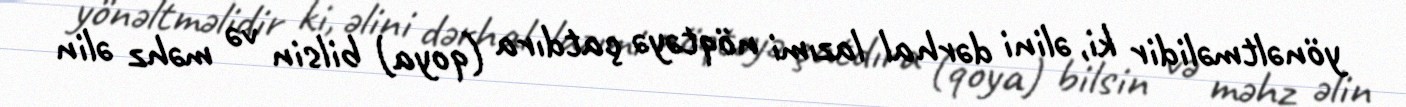
yönəltməlidir ki, əlini dərhal lazımi nöqtəyə çatdıra (qoya) bilsin və məhz əlin